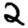
Digit: 2